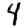
Digit: 4